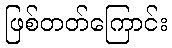
ဖြစ်တတ်ကြောင်း